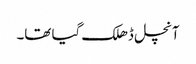
آنچل ڈھلک گیا تھا۔